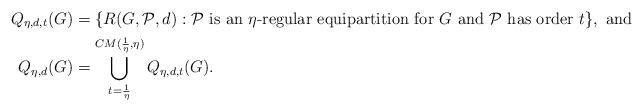
LaTeX: \begin{align*}Q_{\eta,d,t}(G) &= \{ R(G,\mathcal{P},d) : \mathcal{P}\textnormal{ is an }\eta\textnormal{-regular equipartition for } G\textnormal{ and }\mathcal{P}\textnormal{ has order }t\},\textnormal{ and }\\Q_{\eta, d}(G) &= \bigcup_{t=\frac{1}{\eta}}^{CM(\frac{1}{\eta}, \eta)} Q_{\eta,d,t}(G).\end{align*}